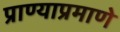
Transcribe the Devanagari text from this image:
प्राण्याप्रमाणे